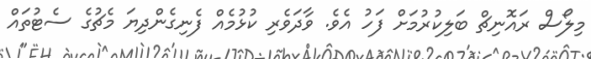
މިލޯސް ރައޮނިޗް ބަލިކުރުމަށް ފަހު އެވެ. ވާދަވެރި ކުޅުމެއް ފެނިގެންދިޔަ މެޗުގެ ސެޓުތައް